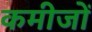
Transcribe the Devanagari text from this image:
कमीजों